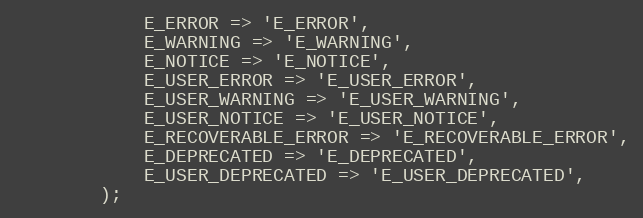
Language: PHP
            E_ERROR => 'E_ERROR',
            E_WARNING => 'E_WARNING',
            E_NOTICE => 'E_NOTICE',
            E_USER_ERROR => 'E_USER_ERROR',
            E_USER_WARNING => 'E_USER_WARNING',
            E_USER_NOTICE => 'E_USER_NOTICE',
            E_RECOVERABLE_ERROR => 'E_RECOVERABLE_ERROR',
            E_DEPRECATED => 'E_DEPRECATED',
            E_USER_DEPRECATED => 'E_USER_DEPRECATED',
        );